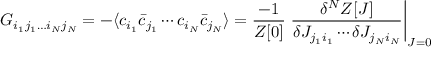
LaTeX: G _ { i _ { 1 } j _ { 1 } \ldots i _ { N } j _ { N } } = - \langle c _ { i _ { 1 } } { \bar { c } } _ { j _ { 1 } } \cdots c _ { i _ { N } } { \bar { c } } _ { j _ { N } } \rangle = { \frac { - 1 } { Z [ 0 ] } } \left. { \frac { \delta ^ { N } Z [ J ] } { \delta J _ { j _ { 1 } i _ { 1 } } \cdots \delta J _ { j _ { N } i _ { N } } } } \right| _ { J = 0 }